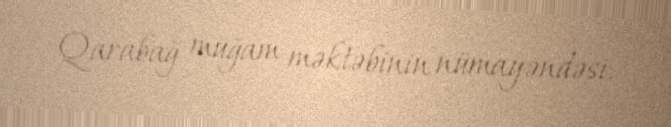
Qarabağ muğam məktəbinin nümayəndəsi.